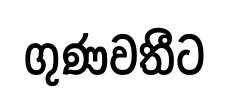
ගුණවතීට